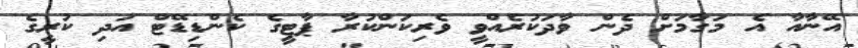
އޭނާއާ އެ މަގާމަށް ދެން ވާދަކުރެއްވީ ވެރިކަންކުރާ ޕާޓީގެ ކެންޑިޑޭޓް އަދި ކުރީގެ